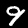
Digit: 9